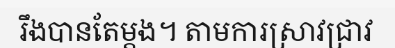
រឹងបានតែម្តង។ តាមការស្រាវជ្រាវ